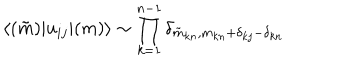
\langle ( \tilde { m } ) | u _ { i j } | ( m ) \rangle \sim \prod _ { k = 1 } ^ { n - 1 } \delta _ { \tilde { m } _ { k n } , m _ { k n } + \delta _ { k j } - \delta _ { k n } }